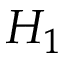
H _ { 1 }